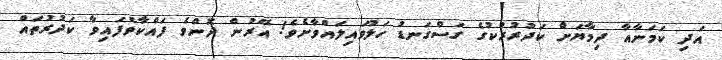
އަދި ކަމަނާއާ ދިމާޔަށް ކަދުރުރުކުގެ ގަސްގަނޑު ހަލުވައިލައްވާށެވެ! އޭރުން ދޮންވެ ފައްކާވެފައިވާ ކަދުރުތައް